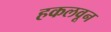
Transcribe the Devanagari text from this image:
हकलवून